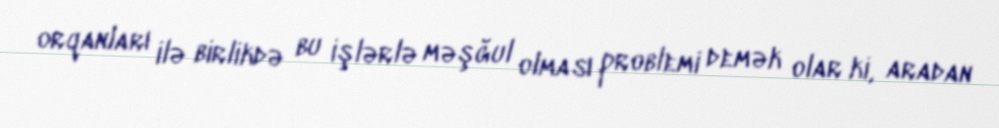
orqanları ilə birlikdə bu işlərlə məşğul olması problemi demək olar ki, aradan